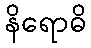
နိရောဓိ